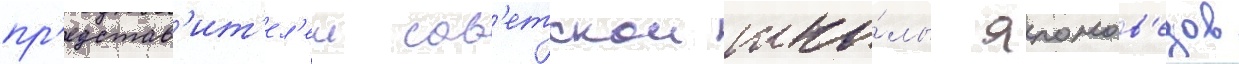
пр'едстав'ит'ел'еи сов'етскои шко́лы японов'едов